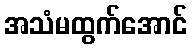
အသံမထွက်အောင်